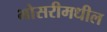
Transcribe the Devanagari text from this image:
भोसरीमधील